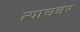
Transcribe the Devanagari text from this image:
त्याचवर